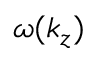
\omega ( k _ { z } )